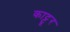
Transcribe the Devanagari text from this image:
काट्टूर